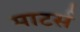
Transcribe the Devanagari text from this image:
माटर्स